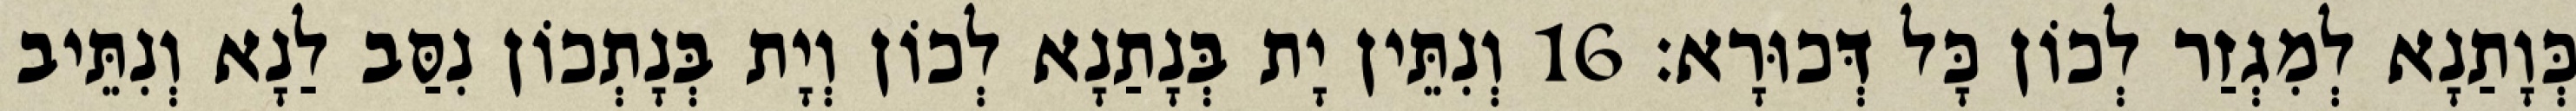
כְּוָתַנָא לְמִגְזַר לְכוֹן כָּל דְּכוּרָא׃ 16 וְנִתֵּין יָת בְּנָתַנָא לְכוֹן וְיָת בְּנָתְכוֹן נִסַּב לַנָא וְנִתֵּיב